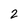
Character: 2